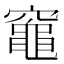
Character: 𥨫